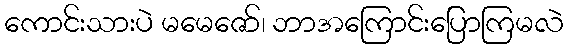
ကောင်းသားပဲ မမေဇော်၊ ဘာအကြောင်းပြောကြမလဲ